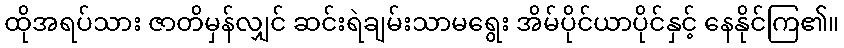
ထိုအရပ်သား ဇာတိမှန်လျှင် ဆင်းရဲချမ်းသာမရွေး အိမ်ပိုင်ယာပိုင်နှင့် နေနိုင်ကြ၏။